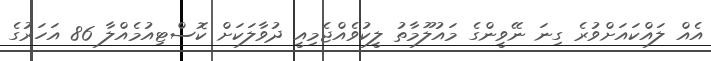
އެއް ލައްކައަށްވުރެ ގިނަ ނޭވީންގެ މައުލޫމާތު ލީކުވެއްޖެމިއީ ދުވާލަކަށް ކޮސްޓިއުމެއްލާ 86 އަހަރުގެ